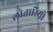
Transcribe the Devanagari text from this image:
लोतारियो